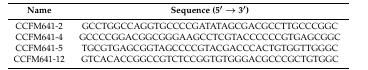
<table><thead><tr><td><b>Name</b></td><td><b>Sequence (5′ → 3′)</b></td></tr></thead><tbody><tr><td>CCFM641-2</td><td>GCCTGGCCAGGTGCCCCGATATAGCGACGCCTTGCCCGGC</td></tr><tr><td>CCFM641-4</td><td>GCCCCGGACGGCGGGAAGCCTCGTACCCCCCGTGAGCGGC</td></tr><tr><td>CCFM641-5</td><td>TGCGTGAGCGGTAGCCCCGTACGACCCACTGTGGTTGGGC</td></tr><tr><td>CCFM641-12</td><td>GTCACACCGGCCGTCTCCGGTGTGGGACGCCCGCTGTGGC</td></tr></tbody></table>